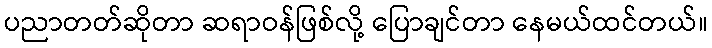
ပညာတတ်ဆိုတာ ဆရာဝန်ဖြစ်လို့ ပြောချင်တာ နေမယ်ထင်တယ်။